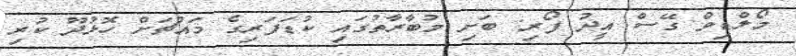
މޯލްޑިވް ގޭސް އީދު ފޯރި: ބަށި މުބާރާތުގައި ކުޑަފަރިގެ މައްޗަށް ހޮޅުދޫ ކުރި